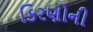
કિરણોની